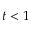
t < 1